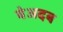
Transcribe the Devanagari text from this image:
बेअदब